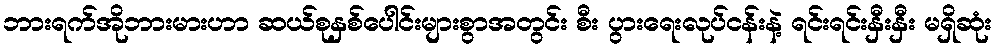
ဘားရက်အိုဘားမားဟာ ဆယ်စုနှစ်ပေါင်းများစွာအတွင်း စီး ပွားရေးလုပ်ငန်းနဲ့ ရင်းရင်းနှီးနှီး မရှိဆုံး